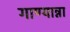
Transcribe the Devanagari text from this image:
गाण्यान्ना